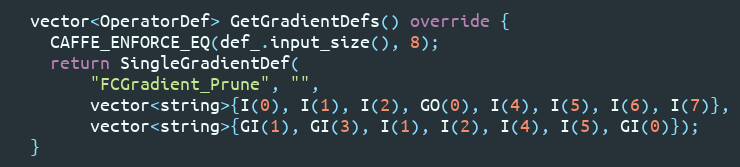
Language: C++
  vector<OperatorDef> GetGradientDefs() override {
    CAFFE_ENFORCE_EQ(def_.input_size(), 8);
    return SingleGradientDef(
        "FCGradient_Prune", "",
        vector<string>{I(0), I(1), I(2), GO(0), I(4), I(5), I(6), I(7)},
        vector<string>{GI(1), GI(3), I(1), I(2), I(4), I(5), GI(0)});
  }